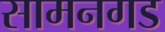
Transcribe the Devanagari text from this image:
सामनगड